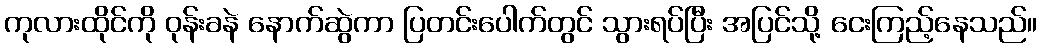
ကုလားထိုင်ကို ဝုန်းခနဲ နောက်ဆွဲကာ ပြတင်းပေါက်တွင် သွားရပ်ပြီး အပြင်သို့ ငေးကြည့်နေသည်။